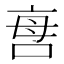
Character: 𠲯